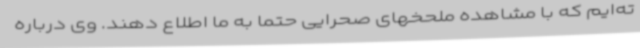
ته‌ایم که با مشاهده ملحخهای صحرایی حتما به ما اطلاع دهند. وی درباره